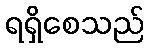
ရရှိစေသည်